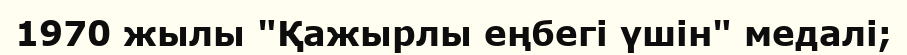
1970 жылы "Қажырлы еңбегі үшін" медалі;